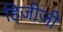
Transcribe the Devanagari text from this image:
हिजीज़ी